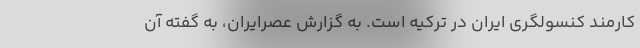
کارمند کنسولگری ایران در ترکیه است. به گزارش عصرایران، به گفته آن